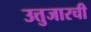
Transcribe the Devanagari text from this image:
उत्तुजारची